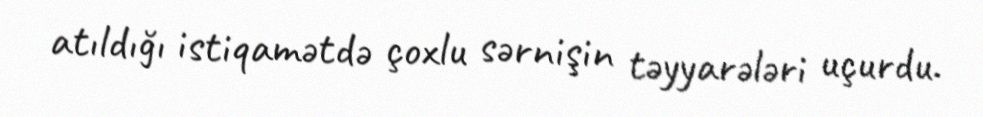
atıldığı istiqamətdə çoxlu sərnişin təyyarələri uçurdu.